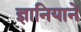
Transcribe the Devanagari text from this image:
ज्ञानियाने